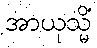
အာယုသ္မိံ